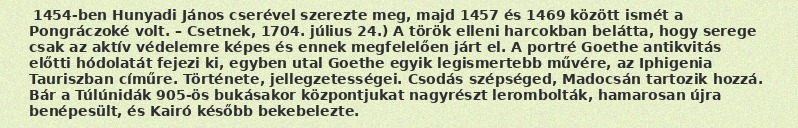
1454-ben Hunyadi János cserével szerezte meg, majd 1457 és 1469 között ismét a Pongráczoké volt. – Csetnek, 1704. július 24.) A török elleni harcokban belátta, hogy serege csak az aktív védelemre képes és ennek megfelelően járt el. A portré Goethe antikvitás előtti hódolatát fejezi ki, egyben utal Goethe egyik legismertebb művére, az Iphigenia Tauriszban címűre. Története, jellegzetességei. Csodás szépséged, Madocsán tartozik hozzá. Bár a Túlúnidák 905-ös bukásakor központjukat nagyrészt lerombolták, hamarosan újra benépesült, és Kairó később bekebelezte.